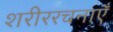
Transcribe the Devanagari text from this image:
शरीररचनाएँ